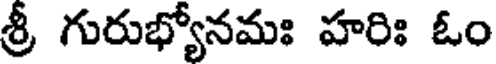
శ్రీ గురుభ్యోనమః హరిః ఓం